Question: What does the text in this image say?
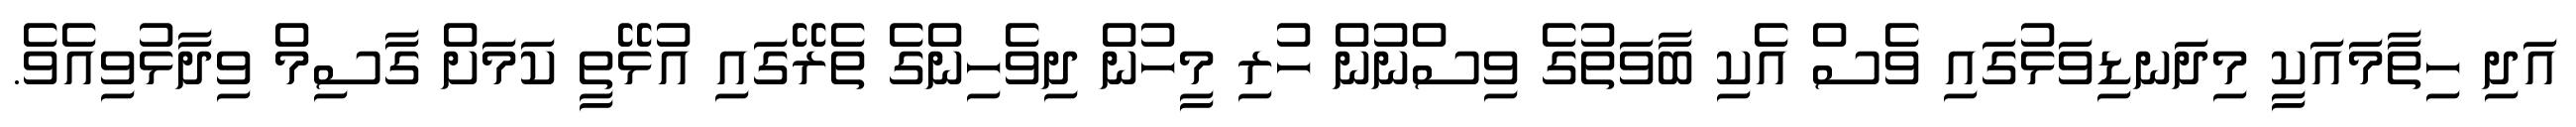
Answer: އަދި ހިތާމައަކީ މިދަނޑިވަޅުގައި ވެސް އެކި ބާވަތުގެ ވިސްނުން ހުރި މީހުން ދިވެހިންގެ ތެރޭގައި އުޅޭތީ ކަމަށް ގާސިމް ވިދާޅުވިއެވެ.